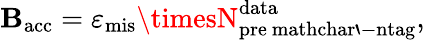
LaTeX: \mathbf{B}_{\mathrm{{acc}}}=\varepsilon_{\mathrm{{mis}}}\timesN_{\mathrm{{pre\ mathchar`-ntag}}}^{\mathrm{{data}}},